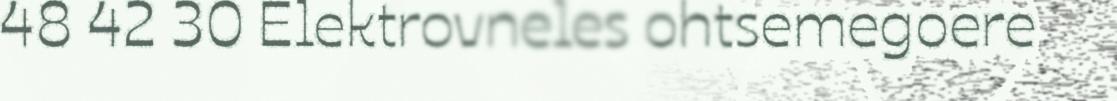
48 42 30 Elektrovneles ohtsemegoere